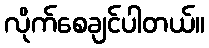
လိုက်စေချင်ပါတယ်။